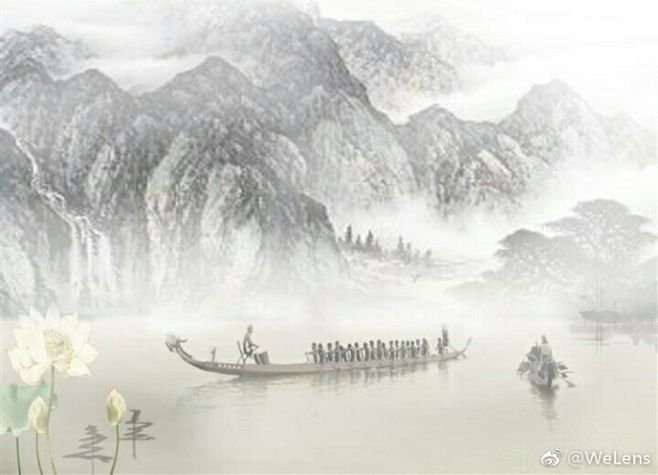
轻汗微微透碧纨，明朝端午浴芳兰。